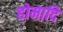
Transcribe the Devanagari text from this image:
होमादि